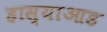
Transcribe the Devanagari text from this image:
हास्याआड